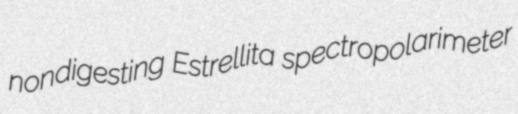
nondigesting Estrellita spectropolarimeter